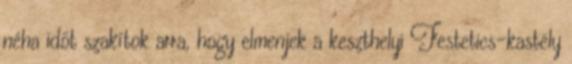
néha időt szakítok arra, hogy elmenjek a keszthelyi Festetics-kastély